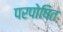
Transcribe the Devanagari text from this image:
परपोषित